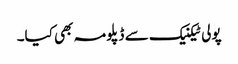
پولی ٹیکنیک سے ڈپلومہ بھی کیا۔